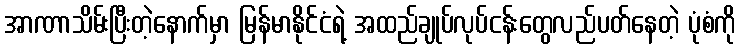
အာဏာသိမ်းပြီးတဲ့နောက်မှာ မြန်မာနိုင်ငံရဲ့ အထည်ချုပ်လုပ်ငန်းတွေလည်ပတ်နေတဲ့ ပုံစံကို